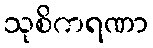
သုစိကရဏာ